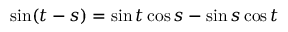
\sin ( t - s ) = \sin t \cos s - \sin s \cos t